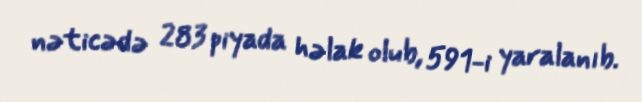
nəticədə 283 piyada həlak olub, 591-i yaralanıb.